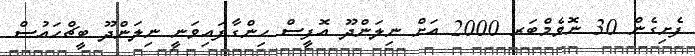
ފެށިގެން 30 ނޮވެމްބަރ 2000 އަށް ނިލަންދޫ އޮފީސް ހިންގާފައިވަނީ ނިލަންދޫ ބީޗްހައުސް